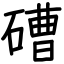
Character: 𥕢